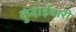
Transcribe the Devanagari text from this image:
कुंदाईबारी